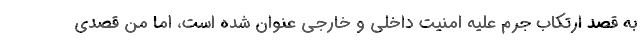
به قصد ارتکاب جرم علیه امنیت داخلی و خارجی عنوان شده است، اما من قصدی